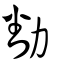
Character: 勫